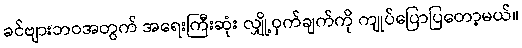
ခင်ဗျားဘဝအတွက် အရေးကြီးဆုံး လျှို့ဝှက်ချက်ကို ကျုပ်ပြောပြတော့မယ်။